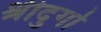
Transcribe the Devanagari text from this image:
श्रीदुर्गा